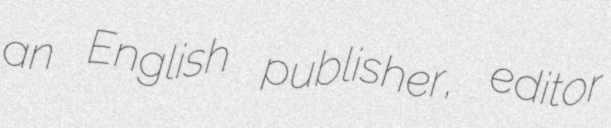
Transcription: an English publisher, editor